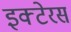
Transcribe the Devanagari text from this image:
इक्टेरस